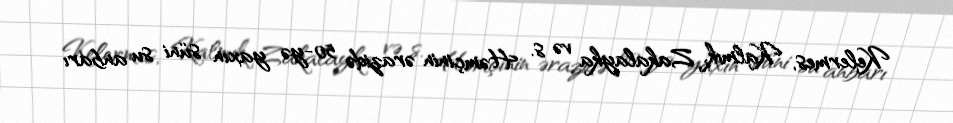
Kelermes, Kalmık, Zakalayka və s. Həmçinin ərazidə 50-yə yaxın süni su anbarı